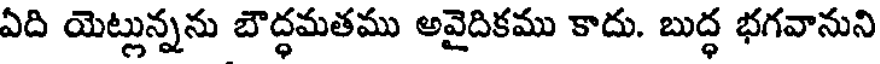
ఏది యెట్లున్నను బౌద్ధమతము అవైదికము కాదు. బుద్ధ భగవానుని